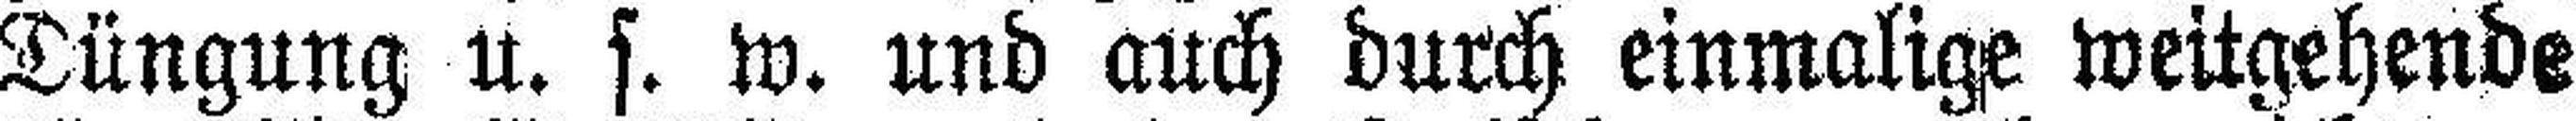
Düngung u. s. w. und auch durch einmalige weitgehende